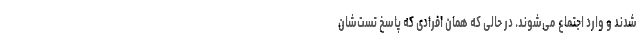
شدند و وارد اجتماع می‌شوند. در حالی که همان افرادی که پاسخ تست‌شان